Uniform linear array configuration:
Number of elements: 4
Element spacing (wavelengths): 0.5
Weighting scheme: uniform
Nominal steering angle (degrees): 45
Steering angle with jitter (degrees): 46.643
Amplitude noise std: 0.05
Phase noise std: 0.05

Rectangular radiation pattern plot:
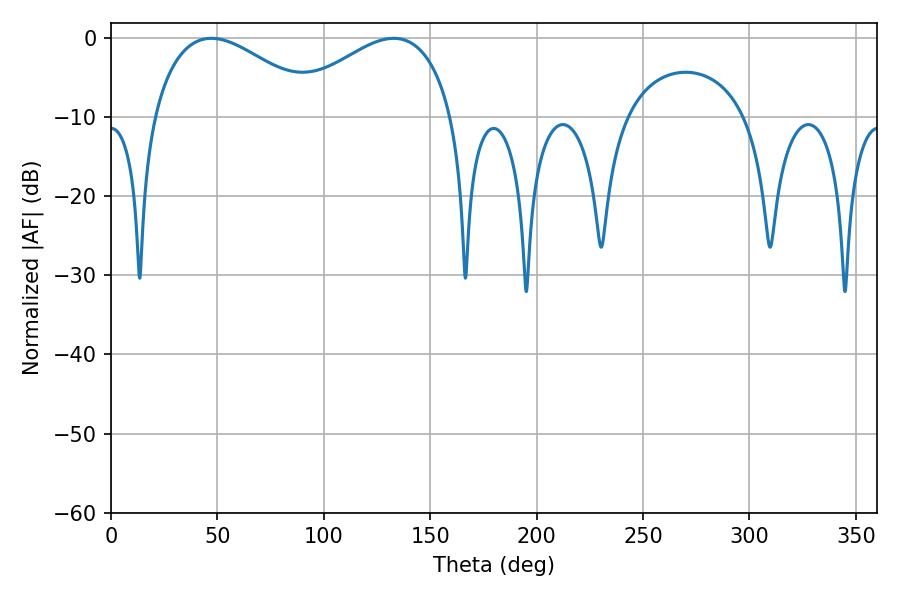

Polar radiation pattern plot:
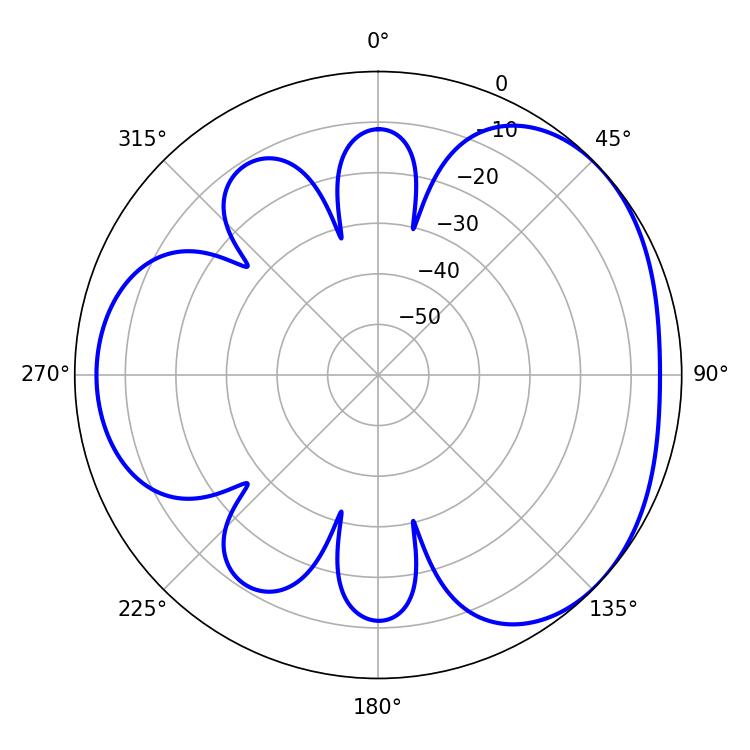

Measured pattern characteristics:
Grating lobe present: FALSE
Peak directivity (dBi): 3.428
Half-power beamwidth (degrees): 43.38
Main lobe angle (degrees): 47.16